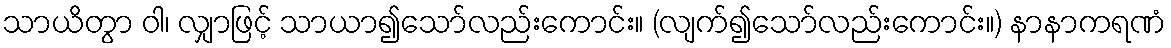
သာယိတွာ ဝါ၊ လျှာဖြင့် သာယာ၍သော်လည်းကောင်း။ (လျက်၍သော်လည်းကောင်း။) နာနာကရဏံ